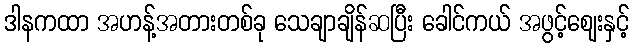
ဒါနကထာ အဟန့်အတားတစ်ခု သေချာချိန်ဆပြီး ခေါင်ကယ် အဖွင့်ဈေးနှင့်